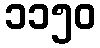
၁၁၅၀